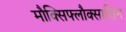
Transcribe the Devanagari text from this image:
मौक्सिफ्लौक्सासिन